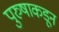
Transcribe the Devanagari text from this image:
पुरुषाकडून